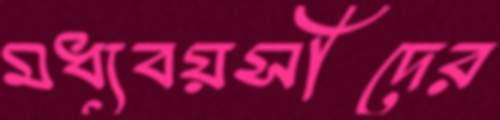
মধ্যবয়সীদের